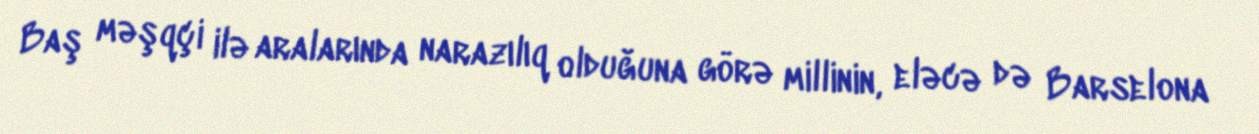
Baş məşqçi ilə aralarında narazılıq olduğuna görə millinin, eləcə də Barselona